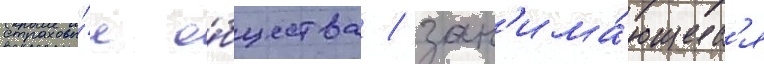
страховы́е о́бщества / зан'има́ющиес'я